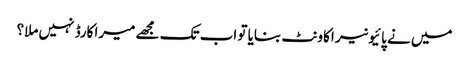
میں نے پائیونیر اکاونٹ بنایا تو اب تک مجھے میرا کارڈ نہیں ملا؟